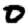
Digit: 0